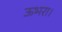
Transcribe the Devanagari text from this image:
ऊभरा।